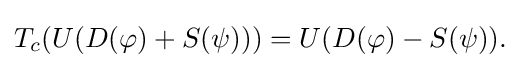
\displaystyle {T_{c}(U(D(\varphi )+S(\psi )))=U(D(\varphi )-S(\psi )).}